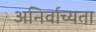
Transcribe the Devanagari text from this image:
अनिर्वाच्यता